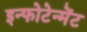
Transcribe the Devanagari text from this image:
इन्फोटेन्मेंट